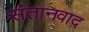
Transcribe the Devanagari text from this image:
संतानवाद